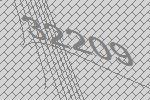
32209